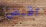
اقبض